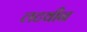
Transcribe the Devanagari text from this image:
लटवीन